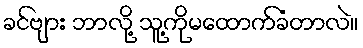
ခင်ဗျား ဘာလို့ သူ့ကိုမထောက်ခံတာလဲ။